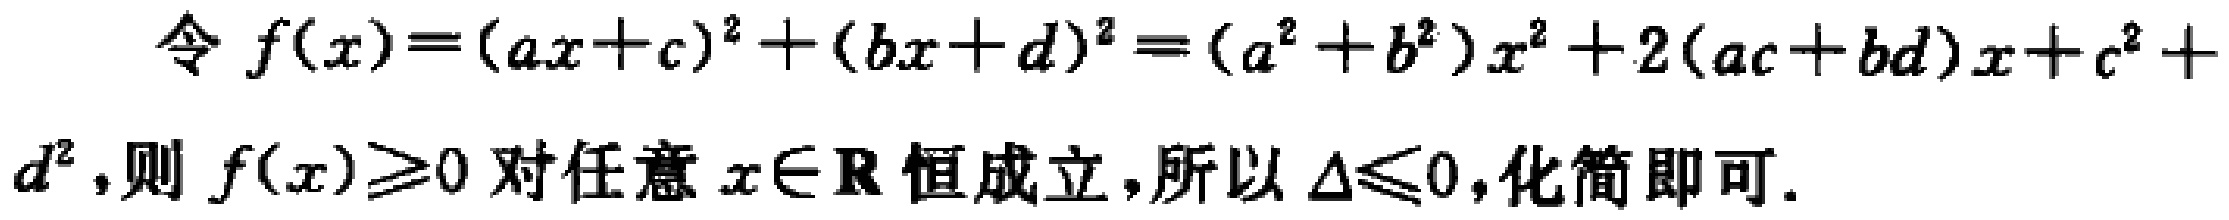
令 \(f(x)=(ax + c)^2+(bx + d)^2=(a^2 + b^2)x^2+2(ac + bd)x + c^2 + d^2\)，则 \(f(x)\geq0\) 对任意 \(x\in \mathbf{R}\) 恒成立，所以 \(\Delta\leq0\)，化简即可。